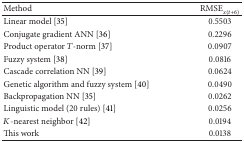
<table><thead><tr><td><b>Method </b></td><td><b>RMSE<sub><i>x</i>(<i>t</i>+6)</sub></b></td></tr></thead><tbody><tr><td>Linear model [35]</td><td>0.5503</td></tr><tr><td>Conjugate gradient ANN [36] </td><td>0.2296</td></tr><tr><td>Product operator <i>T</i>-norm [37] </td><td>0.0907</td></tr><tr><td>Fuzzy system [38] </td><td>0.0816</td></tr><tr><td>Cascade correlation NN [39]</td><td>0.0624</td></tr><tr><td>Genetic algorithm and fuzzy system [40] </td><td>0.0490</td></tr><tr><td>Backpropagation NN [35] </td><td>0.0262</td></tr><tr><td>Linguistic model (20 rules) [41]</td><td>0.0256</td></tr><tr><td><i>K</i>-nearest neighbor [42] </td><td>0.0194</td></tr><tr><td>This work </td><td>0.0138</td></tr></tbody></table>